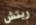
ريتش